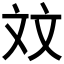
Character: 𪯢